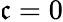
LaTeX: \mathfrak{c}=0